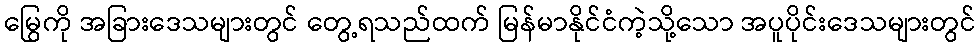
မြွေကို အခြားဒေသများတွင် တွေ့ရသည်ထက် မြန်မာနိုင်ငံကဲ့သို့သော အပူပိုင်းဒေသများတွင်